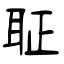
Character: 聇